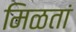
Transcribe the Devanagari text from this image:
मिळतां